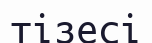
тізесі